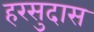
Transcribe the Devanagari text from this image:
हरसुदास